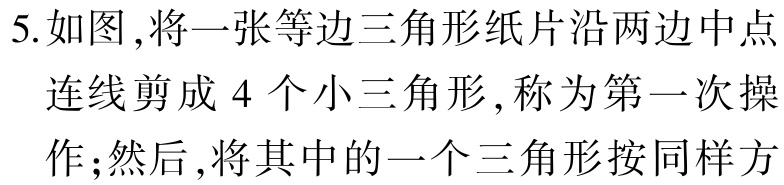
5.如图,将一张等边三角形纸片沿两边中点

连线剪成 4 个小三角形,称为第一次操

作;然后,将其中的一个三角形按同样方